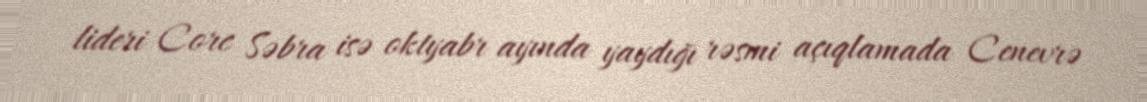
lideri Corc Səbra isə oktyabr ayında yaydığı rəsmi açıqlamada Cenevrə